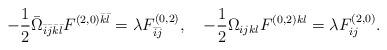
LaTeX: \begin{align*}-\frac{1}{2}\bar{\Omega}_{\bar{i}\bar{j}\bar{k}\bar{l}}F^{(2,0)\bar{k}\bar{l}}=\lambda F^{(0,2)}_{\bar{i}\bar{j}},\quad-\frac{1}{2}\Omega_{ijkl}F^{(0,2)kl}=\lambda F^{(2,0)}_{ij}.\end{align*}